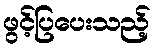
ဖွင့်ပြပေးသည့်